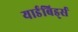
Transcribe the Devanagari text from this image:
यार्डबिर्ड्स